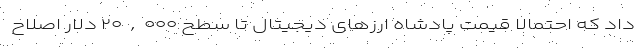
داد که احتمالا قیمت پادشاه ارزهای دیجیتال تا سطح ۲۰,۰۰۰ دلار اصلاح